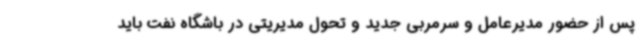
پس از حضور مدیرعامل و سرمربی جدید و تحول مدیریتی در باشگاه نفت باید